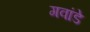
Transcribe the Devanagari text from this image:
गवांडे